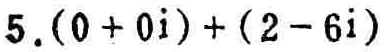
$5.(0 + 0i)+(2 - 6i)$